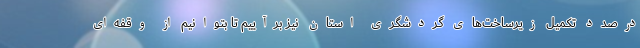
درصدد تکمیل زیرساخت‌های گردشگری استان نیز برآییم تا بتوانیم از وقفه‌ای